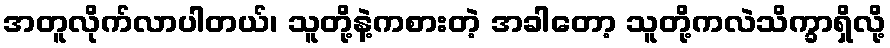
အတူလိုက်လာပါတယ်၊ သူတို့နဲ့ကစားတဲ့ အခါတော့ သူတို့ကလဲသိက္ခာရှိလို့